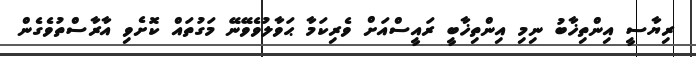
ރިޔާސީ އިންތިޚާބު ނިމި އިންތިޚާބީ ރައީސްއަށް ވެރިކަމާ ޙަވާލުވެވޭނޭ މަގުތައް ކޮށެވި އާރާސްތުވެގެން